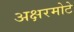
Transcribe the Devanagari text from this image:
अक्षरमोटे